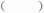
()